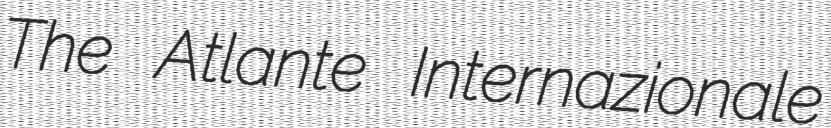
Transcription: The Atlante Internazionale